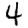
Digit: 4